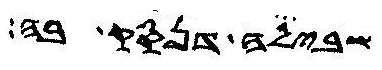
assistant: שבילה דנסק בה